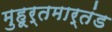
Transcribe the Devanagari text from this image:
मुहूर्तमार्तंड